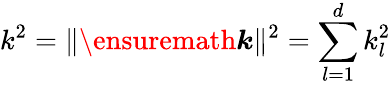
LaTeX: k^{2}=\| \ensuremath{\boldsymbol{k}}\| ^{2}=\sum_{l=1}^{d}k_{l}^{2}